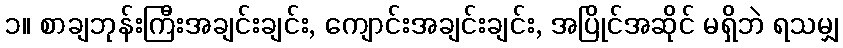
၁။ စာချဘုန်းကြီးအချင်းချင်း, ကျောင်းအချင်းချင်း, အပြိုင်အဆိုင် မရှိဘဲ ရသမျှ